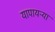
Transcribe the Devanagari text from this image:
यापायऱ्या